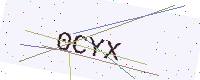
Text: 0CYX